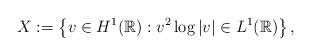
LaTeX: \begin{align*}X := \left\{ v \in H^1(\mathbb{R}) : v^2 \log|v| \in L^1(\mathbb{R}) \right\},\end{align*}